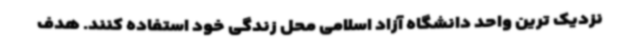
نزدیک ترین واحد دانشگاه آزاد اسلامی محل زندگی خود استفاده کنند. هدف